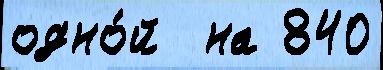
одно́й  на 840